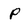
Character: P